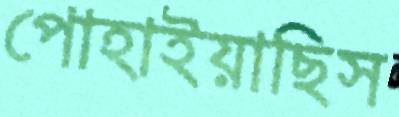
পোহাইয়াছিস